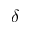
\delta